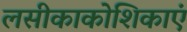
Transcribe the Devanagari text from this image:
लसीकाकोशिकाएं